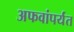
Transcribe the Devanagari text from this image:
अफवांपर्यंत